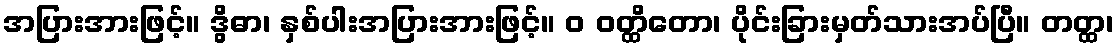
အပြားအားဖြင့်။ ဒွိဓာ၊ နှစ်ပါးအပြားအားဖြင့်။ ဝ ဝတ္ထိတော၊ ပိုင်းခြားမှတ်သားအပ်ပြီ။ တတ္ထ၊